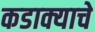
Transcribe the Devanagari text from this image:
कडाक्याचे